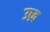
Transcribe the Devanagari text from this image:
उध्र्व